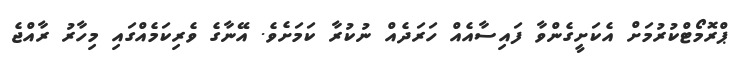
ޕްރޮމޯޓްކުރުމަށް އެކަށީގެންވާ ފައިސާއެއް ހަރަދެއް ނުކުރާ ކަމަށެވެ. އޭނާގެ ވެރިކަމެއްގައި މިހާރު ރާއްޖެ